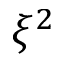
\xi ^ { 2 }